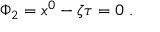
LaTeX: \Phi _ { 2 } = x ^ { 0 } - \zeta \tau = 0 ~ .